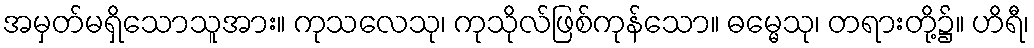
အမှတ်မရှိသောသူအား။ ကုသလေသု၊ ကုသိုလ်ဖြစ်ကုန်သော။ ဓမ္မေသု၊ တရားတို့၌။ ဟိရီ၊